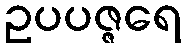
ဥပပဇ္ဇရေ